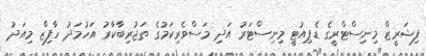
ފިޝަރީޒް މިނިސްޓްރީގެ ޑެޕިއުޓީ މިނިސްޓަރު އަދި މަސްވެރިކަމުގެ ތަޖުރިބާކާރު އަހުމަދު ހާފިޒް މިއަދު